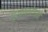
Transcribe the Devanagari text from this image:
प्रकाशवेगाने